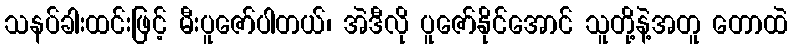
သနပ်ခါးထင်းဖြင့် မီးပူဇော်ပါတယ်၊ အဲဒီလို ပူဇော်နိုင်အောင် သူတို့နဲ့အတူ တောထဲ